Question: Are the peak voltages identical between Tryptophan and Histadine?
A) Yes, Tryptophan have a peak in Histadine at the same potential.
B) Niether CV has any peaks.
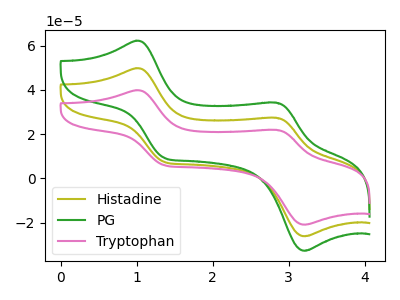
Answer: <think>The olive curve "Histadine" has anodic peaks at (1.00V, 49.75uA) (2.85V, 27.35uA) and cathodic peaks at (1.35V, 7.40uA) (3.20V, -26.15uA). The green curve "PG" has anodic peaks at (1.00V, 99.50uA) (2.85V, 54.70uA) and cathodic peaks at (1.35V, 14.75uA) (3.20V, -52.30uA). The pink curve "Tryptophan" has anodic peaks at (1.00V, 39.80uA) (2.85V, 21.90uA) and cathodic peaks at (1.35V, 5.90uA) (3.20V, -20.95uA).</think>
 <answer>A) Yes, "Tryptophan" have a peak in "Histadine" at the same potential.</answer>
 <eval>A</eval>